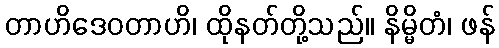
တာဟိဒေဝတာဟိ၊ ထိုနတ်တို့သည်။ နိမ္မိတံ၊ ဖန်